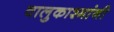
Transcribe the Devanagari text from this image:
वालुकाश्मांनी